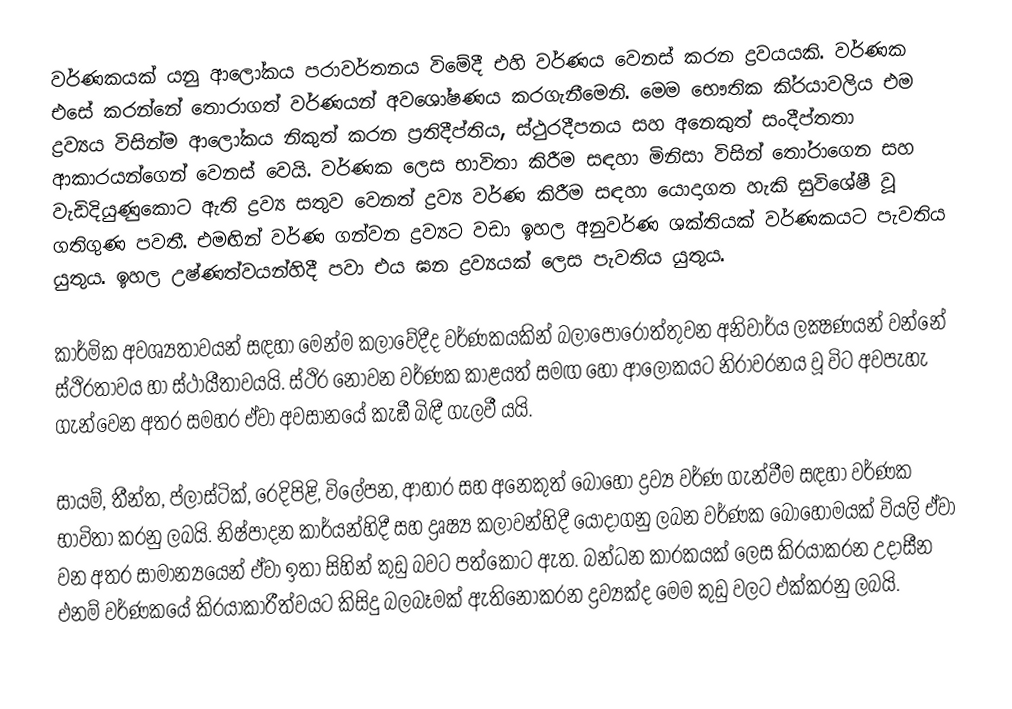
වර්ණකයක් යනු  ආලෝකය පරාවර්තනය විමේදී එහි වර්ණය වෙනස් කරන ද්‍රවයයකි. වර්ණක එසේ කරන්නේ තොරාගත් වර්ණයන් අවශෝෂණය කරගැනීමෙනි. මෙම භෞතික කි‍්‍රයාවලිය එම ද්‍රව්‍යය විසින්ම ආලෝකය නිකුත් කරන ප‍්‍රතිදීප්තිය, ස්ථුරදීපනය සහ අනෙකුත් සංදීප්තතා ආකාරයන්ගෙන් වෙනස් වෙයි. වර්ණක ලෙස භාවිතා කිරීම සඳහා මිනිසා විසින් තෝරාගෙන සහ වැඩිදියුණුකොට ඇති ද්‍රව්‍ය සතුව වෙනත් ද්‍රව්‍ය වර්ණ කිරීම සඳහා යොදාගත හැකි සුවිශේෂී වූ ගතිගුණ පවතී. එමඟින් වර්ණ ගන්වන ද්‍රව්‍යට වඩා ඉහල අනුවර්ණ ශක්තියක් වර්ණකයට පැවතිය යුතුය. ඉහල උෂ්ණත්වයන්හිදී පවා එය ඝන ද්‍රව්‍යයක් ලෙස පැවතිය යුතුය.

කාර්මික අවශ්‍යතාවයන් සඳහා මෙන්ම කලාවේදීද වර්ණකයකින් බලාපොරොත්තුවන අනිවාර්ය ලක්‍ෂණයන් වන්නේ ස්ථිරතාවය හා ස්ථායීතාවයයි. ස්ථිර නොවන වර්ණක කාළයත් සමඟ හෝ ආලෝකයට නිරාවරනය වූ විට අවපැහැ ගැන්වෙන අතර සමහර ඒවා අවසානයේ කැඞී බිඳී ගැලවී යයි.

සායම්, තීන්ත, ප්ලාස්ටික්, රෙදිපිළි, විලේපන, ආහාර සහ අනෙකුත් බොහෝ ද්‍රව්‍ය වර්ණ ගැන්වීම සඳහා වර්ණක භාවිතා කරනු ලබයි. නිෂ්පාදන කාර්යන්හිදී සහ ද්‍රෘෂ්‍ය කලාවන්හිදී යොදාගනු ලබන වර්ණක බොහොමයක් වියලි ඒවා වන අතර සාමාන්‍යයෙන් ඒවා ඉතා සිහින් කුඩු බවට පත්කොට ඇත. බන්ධන කාරකයක් ලෙස කි‍්‍රයාකරන උදාසීන එනම් වර්ණකයේ කි‍්‍රයාකාරීත්වයට කිසිදු බලබෑමක් ඇතිනොකරන ද්‍රව්‍යක්ද මෙම කුඩු වලට එක්කරනු ලබයි.